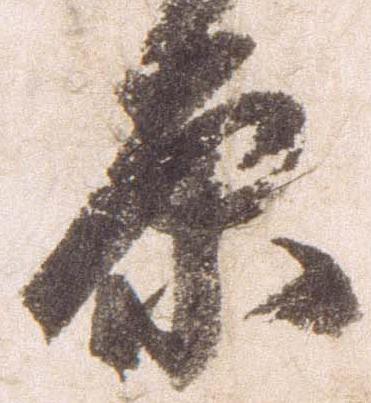
原